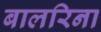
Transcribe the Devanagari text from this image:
बालरिना